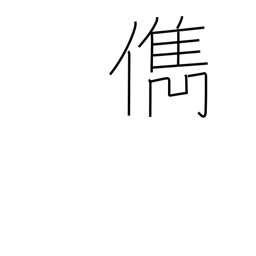
Meaning: talented person